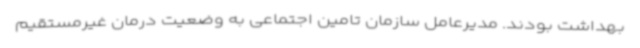
بهداشت بودند. مدیرعامل سازمان تامین اجتماعی به وضعیت درمان غیرمستقیم